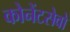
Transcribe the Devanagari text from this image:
कोनेंटसेवो